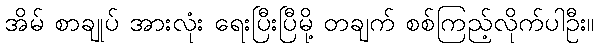
အိမ် စာချုပ် အားလုံး ရေးပြီးပြီမို့ တချက် စစ်ကြည့်လိုက်ပါဦး။